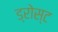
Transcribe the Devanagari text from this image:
ड्रोस्ट